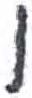
אות: ו